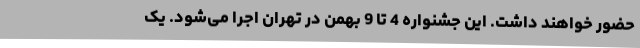
حضور خواهند داشت. این جشنواره 4 تا 9 بهمن در تهران اجرا می‌شود. یک